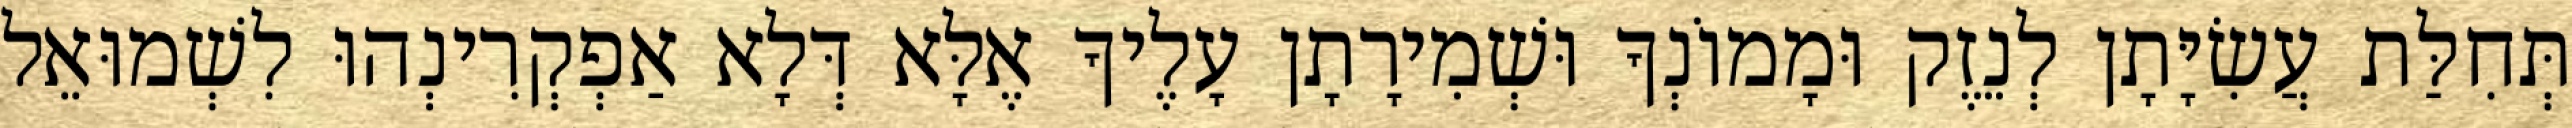
תְּחִלַּת עֲשִׂיָּתָן לְנֵזֶק וּמָמוֹנְךָ וּשְׁמִירָתָן עָלֶיךָ אֶלָּא דְּלָא אַפְקְרִינְהוּ לִשְׁמוּאֵל